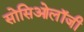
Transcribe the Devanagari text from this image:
सोसिओलॉजी